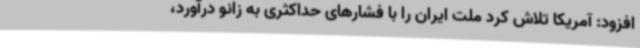
افزود: آمریکا تلاش کرد ملت ایران را با فشارهای حداکثری به زانو درآورد،